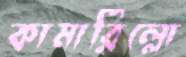
কামারিল্লো